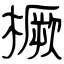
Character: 橛